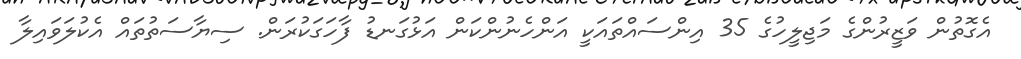
އެގޮތުން ވަޒީރުންގެ މަޖިލީހުގެ 35 އިންސައްތައަކީ އަންހެނުންކަން އަޅުގަނޑު ފާހަގަކުރަން. ސިޔާސަތުތައް އެކުލަވައިލާ